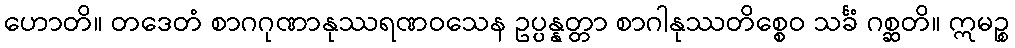
ဟောတိ။ တဒေတံ စာဂဂုဏာနုဿရဏဝသေန ဥပ္ပန္နတ္တာ စာဂါနုဿတိစ္စေဝ သင်္ခံ ဂစ္ဆတိ။ ဣမဉ္စ